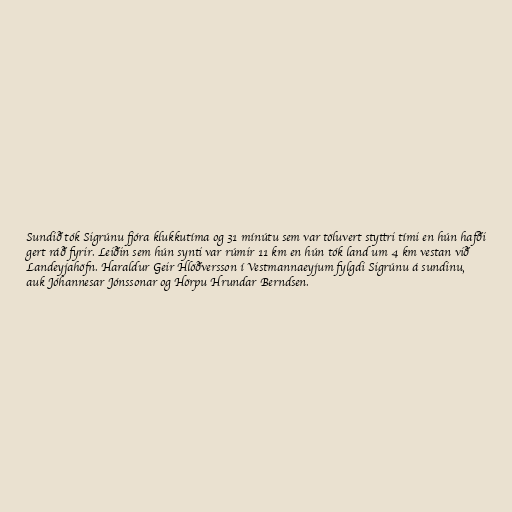
Sundið tók Sigrúnu fjóra klukku­tíma og 31 mín­útu sem var töluvert styttri tími en hún hafði
gert ráð fyrir. Leiðin sem hún synti var rúm­ir 11 km en hún tók land um 4 km vestan við
Landeyjahöfn. Haraldur Geir Hlöðversson í Vestmannaeyjum fylgdi Sigrúnu á sundinu,
auk Jóhannesar Jónssonar og Hörpu Hrundar Berndsen.